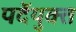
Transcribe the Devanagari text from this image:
पर्देयुक्त